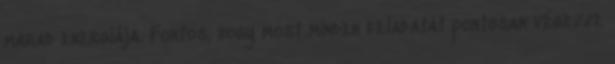
marad energiája. Fontos, hogy most minden feladatát pontosan végezze